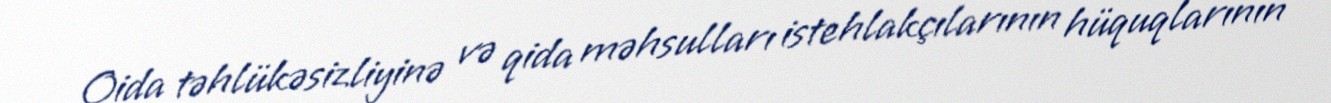
Qida təhlükəsizliyinə və qida məhsulları istehlakçılarının hüquqlarının